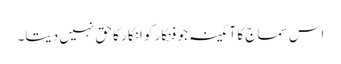
اس سماج کا آئینہ جو فنکار کو انکار کا حق نہیں دیتا۔